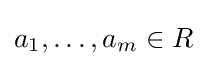
a_{1},\dots ,a_{m}\in R